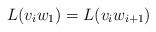
LaTeX: \begin{align*} L({v_iw_1}) = L({v_{i}w_{i+1}}) \end{align*}